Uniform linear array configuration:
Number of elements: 48
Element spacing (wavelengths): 1
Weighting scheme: binomial
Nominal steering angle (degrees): -45
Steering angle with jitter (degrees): -46.581
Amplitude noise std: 0.05
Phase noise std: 0.05

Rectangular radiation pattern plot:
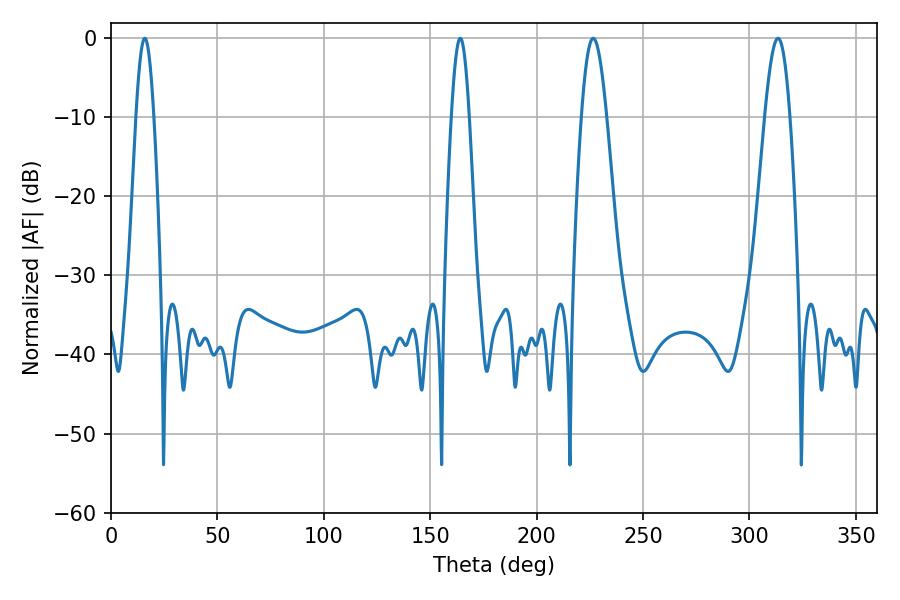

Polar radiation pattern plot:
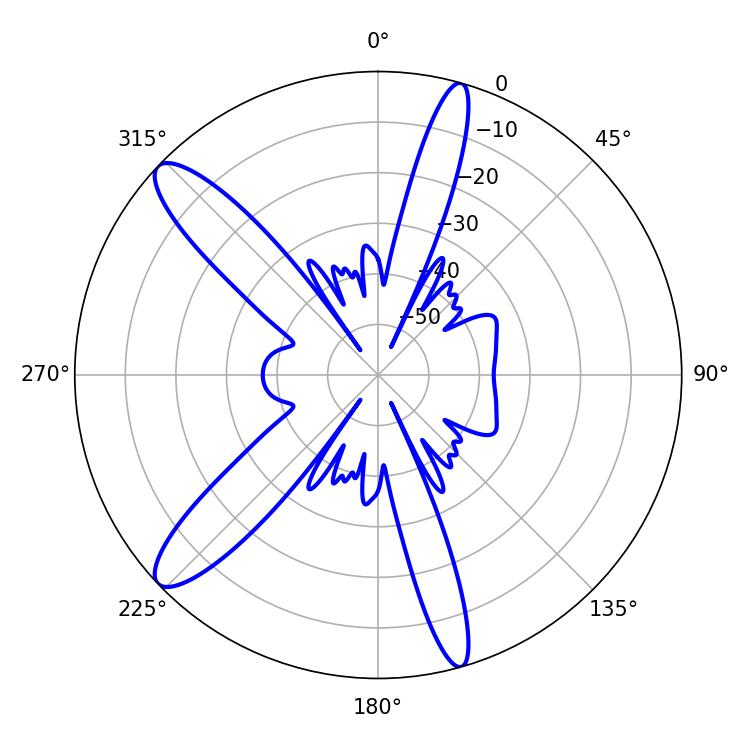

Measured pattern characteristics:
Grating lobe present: TRUE
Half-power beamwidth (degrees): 6.3
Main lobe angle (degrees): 226.62